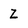
Character: Z